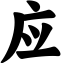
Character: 应